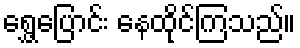
ရွှေ့ပြောင်း နေထိုင်ကြသည်။